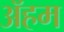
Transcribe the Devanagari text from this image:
ॲहम